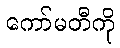
ကော်မတီကို